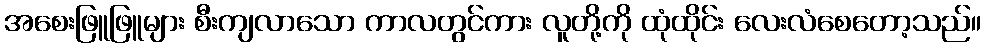
အစေးဖြူဖြူများ စီးကျလာသော ကာလတွင်ကား လူတို့ကို ထုံထိုင်း လေးလံစေတော့သည်။